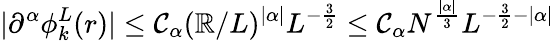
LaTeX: |\partial^{\alpha}\phi_{k}^{L}(r)|\leq\mathcal{C}_{\alpha}(\mathbb{R}/L)^{|\alpha|}L^{-\frac{3}{2}}\leq\mathcal{C}_{\alpha}N^{\frac{{|\alpha|}}{{3}}}L^{-\frac{3}{2}-|\alpha|}